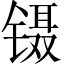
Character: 镊